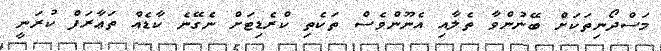
މަސްދޯނިތަކަށް ބޭނުންވާ ތެލާއި އެނޫންވެސް ތަކެތި ކްރެޑިޓަށް ނެގޭނެ ކާޑެއް ތަޢާރަފް ކުރަނީ